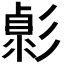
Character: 𢒭